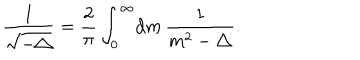
LaTeX: \frac { 1 } { \sqrt { - \triangle } } = \frac { 2 } { \pi } \int _ { 0 } ^ { \infty } \! { { \mathrm d } } m \, \frac { 1 } { m ^ { 2 } - \triangle } .